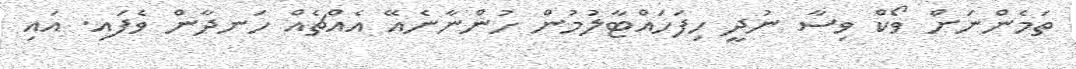
ތަމެންނަށް ވޯކް ވިސާ ނުދީ ހިފަހައްޓާލުމުން ހުންނާނެއޭ އެއްޗެއް ހަނދާން ވެފައި. އައި